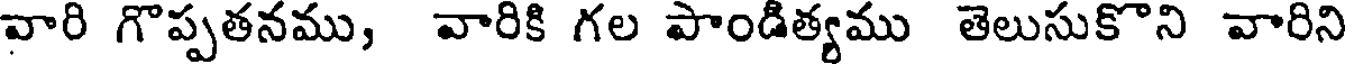
వారి గొప్పతనము, వారికి గల పాండిత్యము తెలుసుకొని వారిని